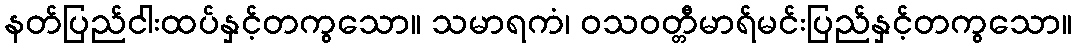
နတ်ပြည်ငါးထပ်နှင့်တကွသော။ သမာရကံ၊ ဝသဝတ္တီမာရ်မင်းပြည်နှင့်တကွသော။